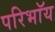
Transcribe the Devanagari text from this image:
परिभाॅय